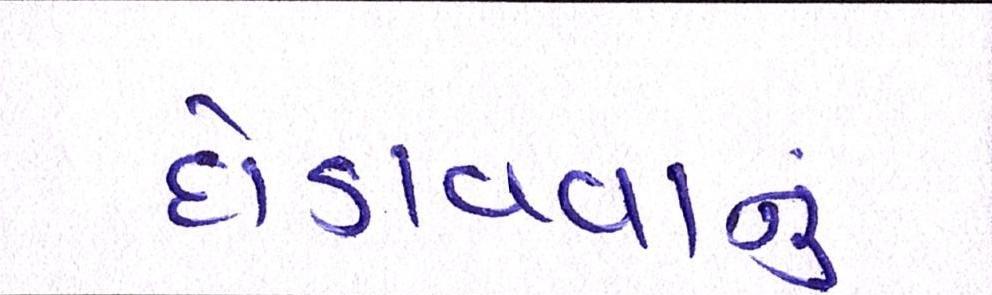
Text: દોડાવવાનું